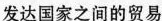
发达国家之间的贸易